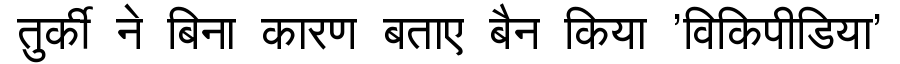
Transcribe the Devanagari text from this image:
तुर्की ने बिना कारण बताए बैन किया 'विकिपीडिया'